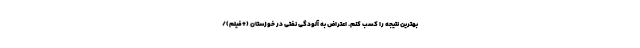
بهترین نتیجه را کسب کنم. اعتراض به آلودگی نفتی در خوزستان (+فیلم)/